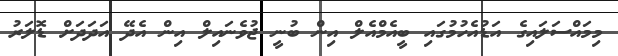
މިމައްސަލައިގެ އަޑުއެހުމުގައި ބީއެމްއެލް އިން ބުނީ ޖުވެނައިލް އިން އެދޭ އަދަދަށް ޑޮލަރު